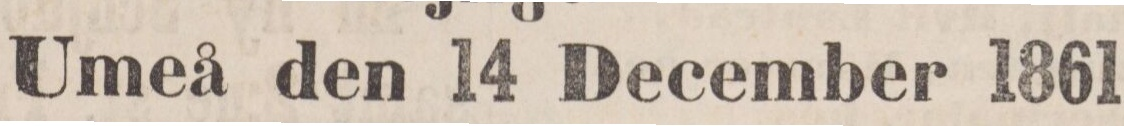
Umeå den 14 December 1861.